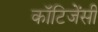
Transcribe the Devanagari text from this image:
कॉटिजेंसी